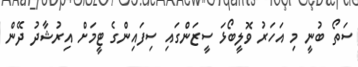
ސަތޯ ބުނީ މި އަހަރު ވޮލީބޯޅަ ސީޒަންގައި ސިފައިންގެ ޓީމަށް އިރުޝާދު ދޭން